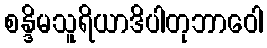
စန္ဒိမသူရိယာဒိပါတုဘာဝေါ